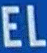
EL